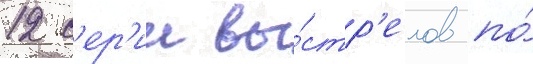
12 с'ер'ии вы́стр'елов по́